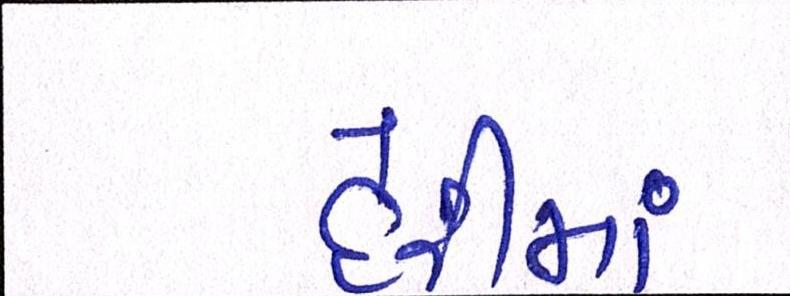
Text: દેરીમાં